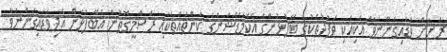
ރަށަށް ވަޑައިގަންނަވާ އެކިއެކި ވަފުދުތަކުގެ ބޭފުޅުންގެ އެކޮމަޑޭޝަންގެ ކަންތައްތަކާއި ރަސްމީގޮތުން އެބޭފުޅުން އެދިވަޑައިގަންނަވާ